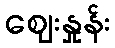
ဈေးနှုန်း